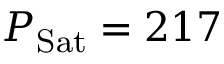
P _ { \mathrm { S a t } } = 2 1 7